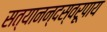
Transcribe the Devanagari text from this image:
सत्यानन्दस्वरूपाय